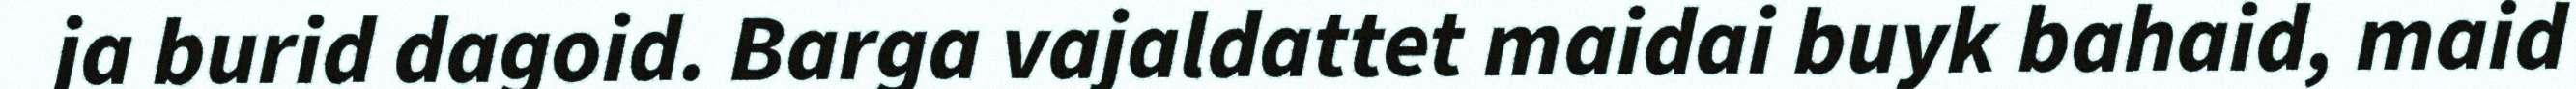
ja burid dagoid. Barga vajaldattet maidai buyk bahaid, maid